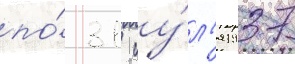
по́ 31 иу́л'я 1937